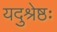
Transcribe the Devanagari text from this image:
यदुश्रेष्ठः